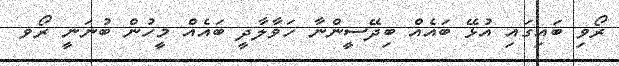
ރޯވި ބައިގައި އުޅޭ ބައެއް ބިދޭސީންނާ ހަވާލާދީ ބައެއް މީހުން ބުނަނީ ރޯވ